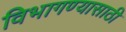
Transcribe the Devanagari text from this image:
विभागण्यासाठी